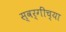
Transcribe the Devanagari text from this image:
स्वर्गींच्या